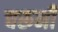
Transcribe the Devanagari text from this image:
चरूनी